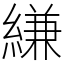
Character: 縑